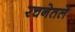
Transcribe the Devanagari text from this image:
रचनेतले